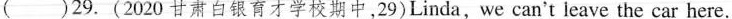
( )29.(2020 甘肃白银育才学校期中,29)Linda,we can't leave the car here.